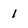
Character: 1